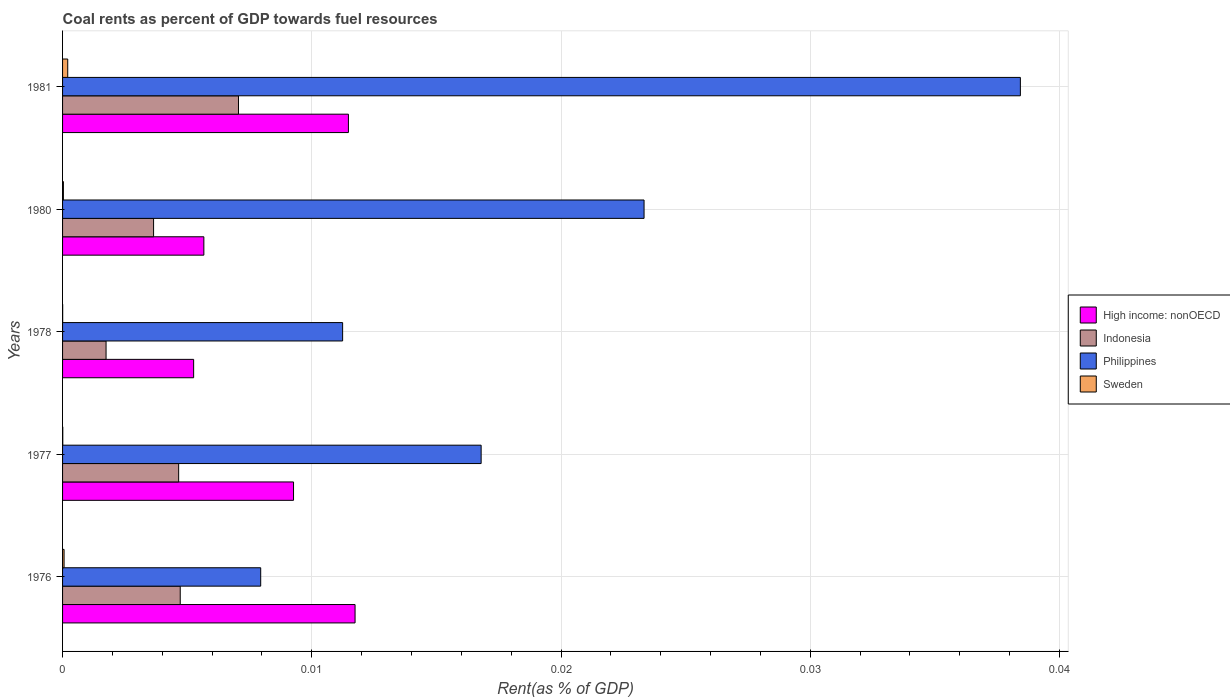
| Years | High income: nonOECD | Indonesia | Philippines | Sweden |
 | --- | --- | --- | --- | --- |
 | 1976 | 0.0117 | 0.00472 | 0.00795 | 6.07e-05 |
 | 1977 | 0.00927 | 0.00466 | 0.0168 | 8.87e-06 |
 | 1978 | 0.00526 | 0.00175 | 0.0112 | 4.02e-06 |
 | 1980 | 0.00567 | 0.00365 | 0.0233 | 3.35e-05 |
 | 1981 | 0.0115 | 0.00706 | 0.0384 | 0.000207 |